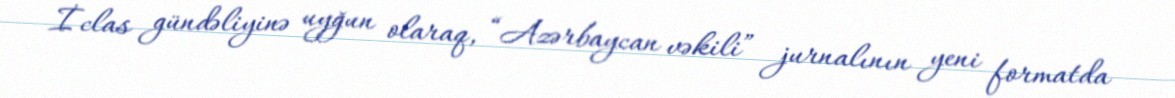
İclas gündəliyinə uyğun olaraq, “Azərbaycan vəkili” jurnalının yeni formatda